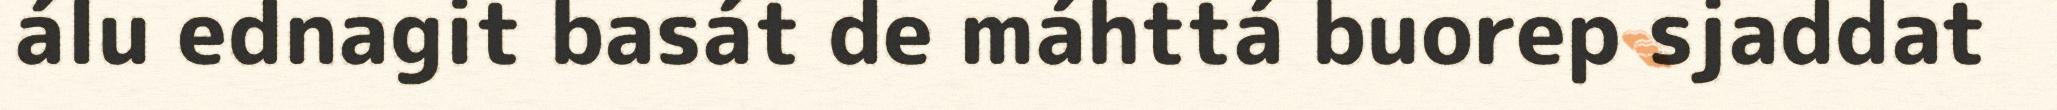
álu ednagit basát de máhttá buorep sjaddat